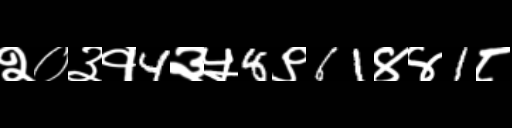
Text: २०३१4३५8९61४४1८